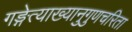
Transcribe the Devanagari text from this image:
गङ्गेत्याख्यानुगुणचरिता